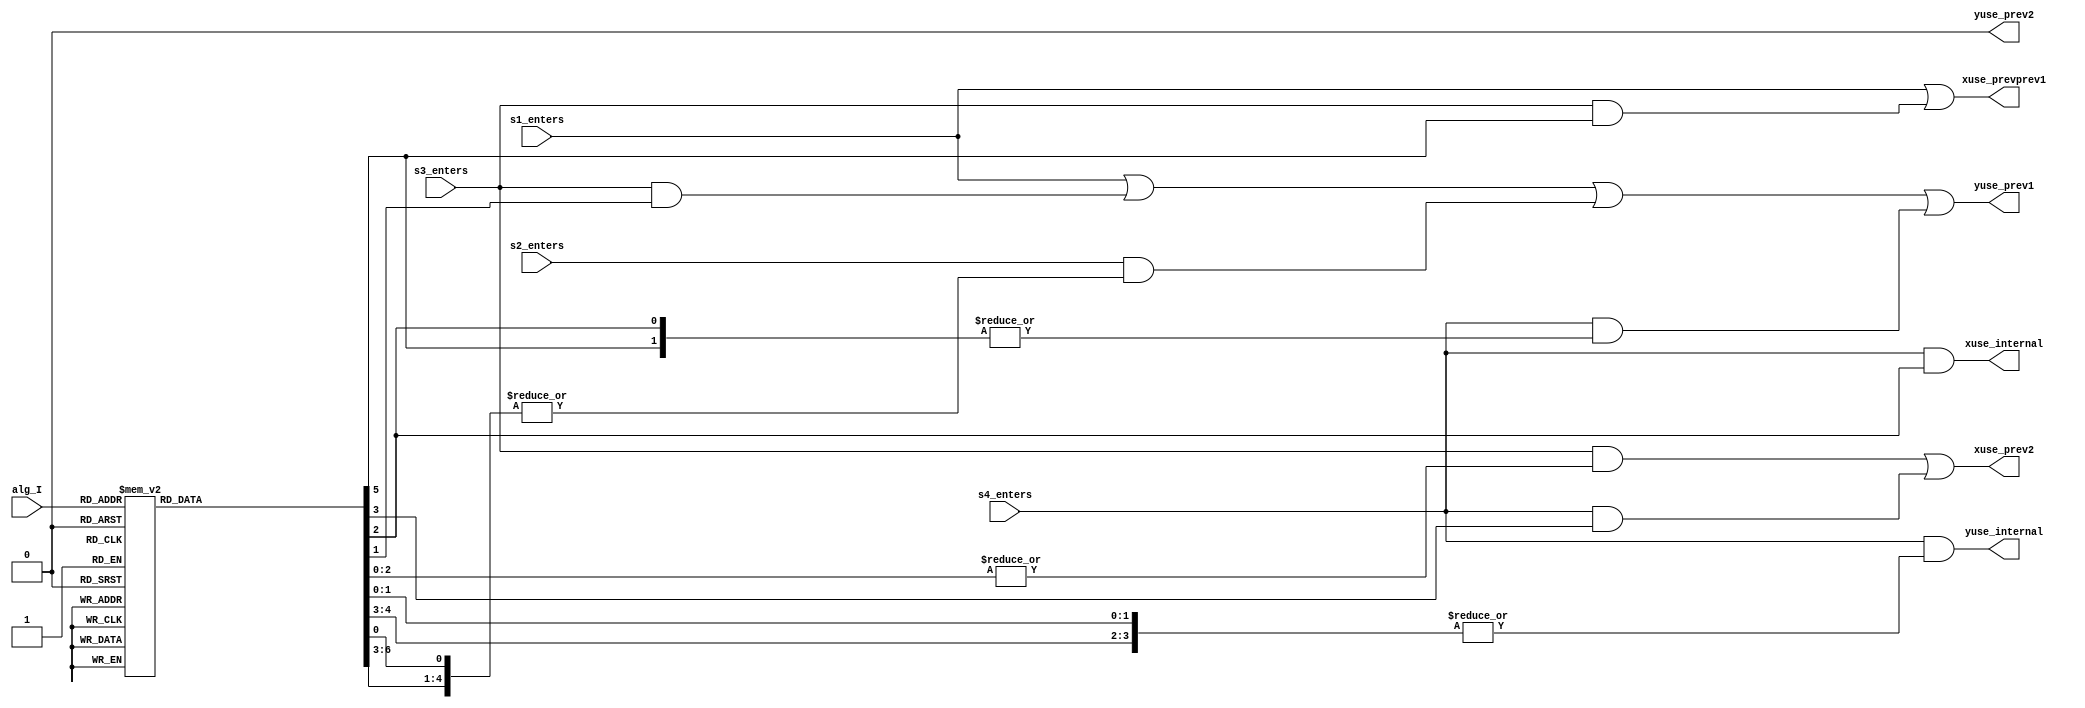
// This program was cloned from: https://github.com/MiSTer-devel/MegaCD_MiSTer
// License: GNU General Public License v3.0



/* This file is part of JT12.

 
    JT12 program is free software: you can redistribute it and/or modify
    it under the terms of the GNU General Public License as published by
    the Free Software Foundation, either version 3 of the License, or
    (at your option) any later version.

    JT12 program is distributed in the hope that it will be useful,
    but WITHOUT ANY WARRANTY; without even the implied warranty of
    MERCHANTABILITY or FITNESS FOR A PARTICULAR PURPOSE.  See the
    GNU General Public License for more details.

    You should have received a copy of the GNU General Public License
    along with JT12.  If not, see <http://www.gnu.org/licenses/>.

    Author: Jose Tejada Gomez. Twitter: @topapate
    Version: 1.0
    Date: 27-1-2017 

*/

module jt12_mod(
    input       s1_enters,
    input       s2_enters,
    input       s3_enters,
    input       s4_enters,
    
    input [2:0] alg_I,
    
    output reg  xuse_prevprev1,
    output reg  xuse_internal,
    output reg  yuse_internal,    
    output reg  xuse_prev2,
    output reg  yuse_prev1,     
    output reg  yuse_prev2      
);

parameter num_ch=6;

reg [7:0] alg_hot;

always @(*) begin
    case( alg_I )
        3'd0: alg_hot = 8'h1;  // D0
        3'd1: alg_hot = 8'h2;  // D1
        3'd2: alg_hot = 8'h4;  // D2
        3'd3: alg_hot = 8'h8;  // D3
        3'd4: alg_hot = 8'h10; // D4
        3'd5: alg_hot = 8'h20; // D5
        3'd6: alg_hot = 8'h40; // D6
        3'd7: alg_hot = 8'h80; // D7
    endcase
end

// prev2 cannot modulate with prevprev1 at the same time
// x = prev2, prevprev1, internal_x
// y = prev1, internal_y

generate
    if( num_ch==6 ) begin
        always @(*) begin
            xuse_prevprev1 = s1_enters | (s3_enters&alg_hot[5]);
            xuse_prev2 = (s3_enters&(|alg_hot[2:0])) | (s4_enters&alg_hot[3]);
            xuse_internal = s4_enters & alg_hot[2];
            yuse_internal = s4_enters & (|{alg_hot[4:3],alg_hot[1:0]});
            yuse_prev1 = s1_enters | (s3_enters&alg_hot[1]) |
                (s2_enters&(|{alg_hot[6:3],alg_hot[0]}) )|
                (s4_enters&(|{alg_hot[5],alg_hot[2]}));
            yuse_prev2 = 1'b0; // unused for 6 channels
        end     
    end else begin
        reg [2:0] xuse_s4, xuse_s3, xuse_s2, xuse_s1;
        reg [2:0] yuse_s4, yuse_s3, yuse_s2, yuse_s1;
        always @(*) begin // 3 ch
            // S1
            { xuse_s1, yuse_s1 } = { 3'b001, 3'b100 };
            // S2
            casez( 1'b1 )
                // S2 modulated by S1
                alg_hot[6], alg_hot[5], alg_hot[4], alg_hot[3], alg_hot[0]:
                    { xuse_s2, yuse_s2 } = { 3'b000, 3'b100 }; // prev1
                default:  { xuse_s2, yuse_s2 } =  6'd0;
            endcase
            // S3
            casez( 1'b1 )
                // S3 modulated by S1
                alg_hot[5]:
                    { xuse_s3, yuse_s3 } = { 3'b000, 3'b100 }; // prev1
                // S3 modulated by S2
                alg_hot[2], alg_hot[0]:
                    { xuse_s3, yuse_s3 } = { 3'b000, 3'b010 }; // prev2
                // S3 modulated by S2+S1
                alg_hot[1]:
                    { xuse_s3, yuse_s3 } = { 3'b010, 3'b100 }; // prev2 + prev1                   
                default:  { xuse_s3, yuse_s3 } =  6'd0;
            endcase  
            // S4
            casez( 1'b1 )
                // S4 modulated by S1
                alg_hot[5]:
                    { xuse_s4, yuse_s4 } = { 3'b000, 3'b100 }; // prev1
                // S4 modulated by S3
                alg_hot[4], alg_hot[1], alg_hot[0]:
                    { xuse_s4, yuse_s4 } = { 3'b100, 3'b000 }; // prevprev1
                // S4 modulated by S3+S2
                alg_hot[3]:
                    { xuse_s4, yuse_s4 } = { 3'b100, 3'b010 }; // prevprev1+prev2                    
                // S4 modulated by S3+S1
                alg_hot[2]:
                    { xuse_s4, yuse_s4 } = { 3'b100, 3'b100 }; // prevprev1+prev1
                default:  { xuse_s4, yuse_s4 } =  6'd0;
            endcase                       
            case( {s4_enters, s3_enters, s2_enters, s1_enters})
                4'b1000: begin
                    {xuse_prevprev1, xuse_prev2, xuse_internal} = xuse_s4;
                    {yuse_prev1, yuse_prev2, yuse_internal    } = yuse_s4;
                end
                4'b0100: begin
                    {xuse_prevprev1, xuse_prev2, xuse_internal} = xuse_s3;
                    {yuse_prev1, yuse_prev2, yuse_internal    } = yuse_s3;
                end             
                4'b0010: begin
                    {xuse_prevprev1, xuse_prev2, xuse_internal} = xuse_s2;
                    {yuse_prev1, yuse_prev2, yuse_internal    } = yuse_s2;
                end
                4'b0001: begin
                    {xuse_prevprev1, xuse_prev2, xuse_internal} = xuse_s1;
                    {yuse_prev1, yuse_prev2, yuse_internal    } = yuse_s1;
                end
                default: begin
                    {xuse_prevprev1, xuse_prev2, xuse_internal} = 3'b0;
                    {yuse_prev1, yuse_prev2, yuse_internal    } = 3'b0;
                end
            endcase
        end     
    end
endgenerate

// Control signals for simulation: should be 2'b0 or 2'b1
// wire [1:0] xusage = xuse_prevprev1+xuse_prev2+xuse_internal;
// wire [1:0] yusage = yuse_prev1+yuse_internal;
// 
// always @(xusage,yusage)
//     if( xusage>2'b1 || yusage>2'b1 ) begin
//         $display("ERROR: x/y over use in jt12_mod");
//         $finish;
//     end

endmodule